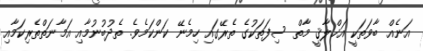
އަނެއް ބާވަތަކީ އަޚްލާޤީ މާތް ސިފަތަކުގެ ތެރޭގައި ހިމެނޭ ކަންކަމެވެ. ތެދުބުނުމާއި އަމާނަތްތެރިކަމާއި